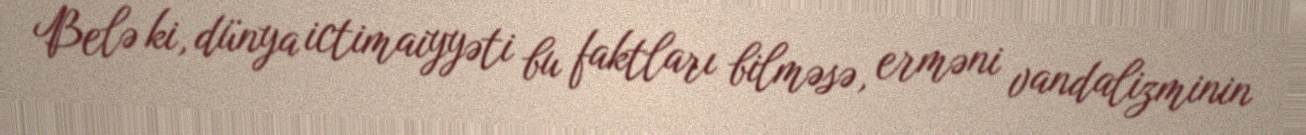
Belə ki, dünya ictimaiyyəti bu faktları bilməsə, erməni vandalizminin